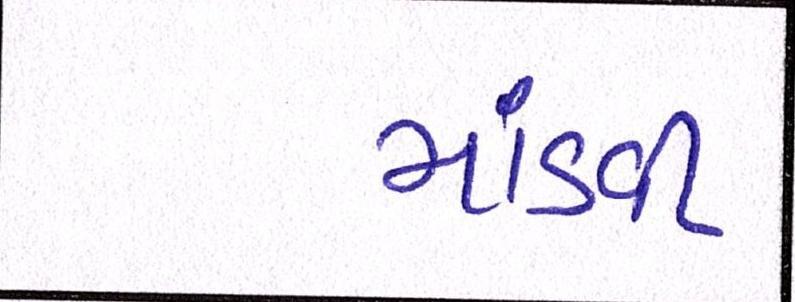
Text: માંડવી